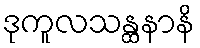
ဒုကူလသန္ထနာနိ